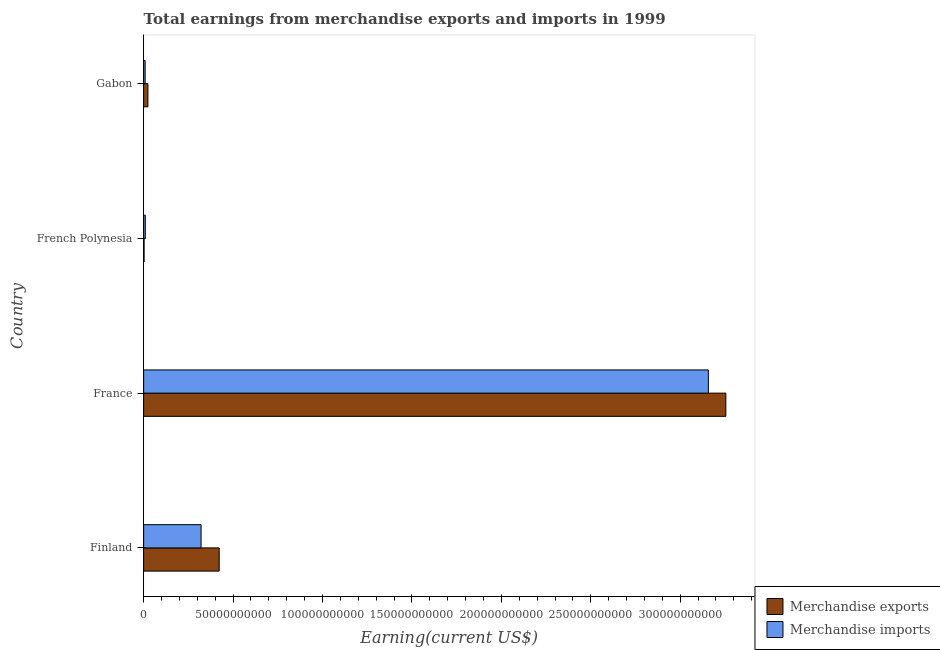
| Country | Merchandise exports | Merchandise imports |
 | --- | --- | --- |
 | Finland | 4.22e+10 | 3.21e+10 |
 | France | 3.26e+11 | 3.16e+11 |
 | French Polynesia | 2.53e+08 | 9.26e+08 |
 | Gabon | 2.39e+09 | 8.41e+08 |